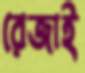
রেজাই